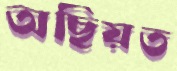
অছিয়ত